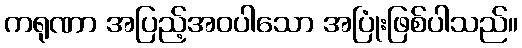
ကရုဏာ အပြည့်အဝပါသော အပြုံးဖြစ်ပါသည်။